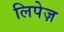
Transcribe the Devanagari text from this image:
लिपेज़